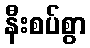
နီးစပ်စွာ